Cholera in India, 1862 to 1881
Year: 1862
Disease focus: Cholera
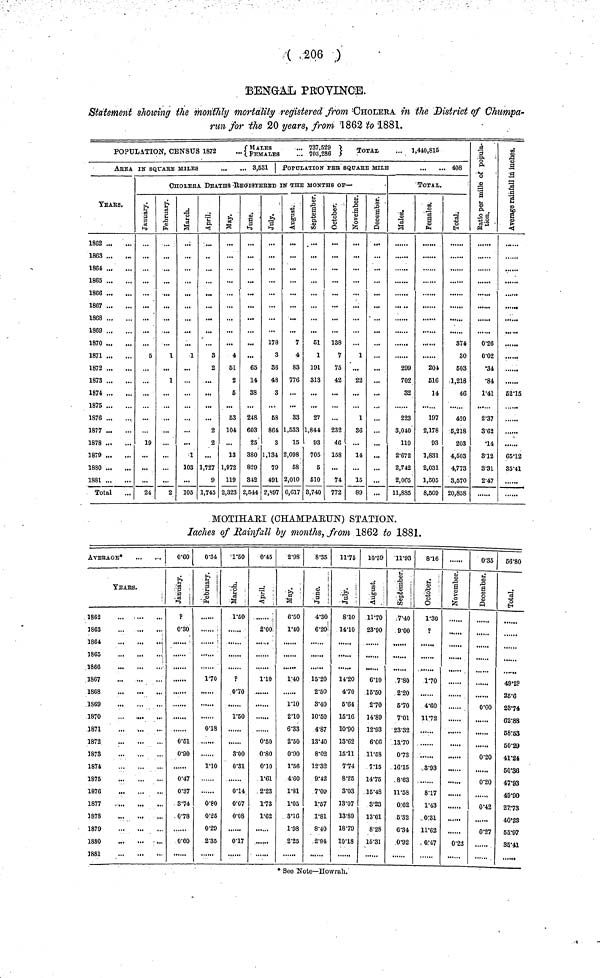
( 206 )
BENGAL PROVINCE.
Statement showing the monthly mortality registered from CHOLERA in the District of Chumpa-
run for -the 20 years, from 1862 to 1881.
POPULATION, CENSUS 1872
Males
737,529
Total
1,440,815
Females
703,286
AREA IN SQUARE MILES
3,531
YEARS.
1862
1863
1864
1865
1866
1867
1868
1869
1870
1871
1872
187S
1874
1875
1876
1877
1878
1879
1880
1881
Total
POPULATION PER SQUARE MILE
408
CHOLERA DEATHS REGISTERED IN THE MONTHS OP—
January.
5
19
24
February.
1
1
...
2
March.
1
...
1
103
105
April.
3
2
...
2
2
...
1,727
9
1,745
May.
4
51
2
5
53
104
13
1,972
119
2,323
June.
...
65
14
38
248
603
25
380
829
312
2,544
July.
178
3
36
48
3
58
864
3
1,134
79
491
2,S97
August.
7
4
83
776
33
1,533
15
2,098
58
2,010
6,617
September.
51
1
191
313
27
1,844
93
705
5
510
8,740
Octomber.
138
7
75
42
...
232
46
158
74
772
November.
1
...
22
1
36
...
14
15
89
December.
...
...
...
...
TOTAL.
Males.
299
702
32
223
3,040
110
2·672
2,742
2,065
11,885
Females.
204
516
14
197
2,178
93
1,831
2,031
1,505
8,569
Total.
374
30
503
1,218
46
420
5,218
203
4,503
4,773
8,570
20,858
Ratio per miles of population.
0·26
0·02
•34
•84
1·41
2·37
3·62
•14
3·12
3·31
2·47
Averag rainfall in inches.
52·15
......
65·12
35·41
MOTIHARI (CHAMPARUN) STATION.
laches of Rainfall by months, from 1862 to 1881.
AVERAGE*
Years..
1862
1863
1864
1865
1866
1867
1868
1869
1870
1871
1872
1873
1874
1875
1876
1877
1878
1879
1880
1881
0·60
January.
?
0·30
0·51
0·90
0·47
0·37
3·74
0·78
0·60
0·34
February.
1·70
0·18
1·10
0·80
0·25
0·29
2·35
1·50
March.
1·50
?
0·70
1·50
3·00
0·31
0·14
0·07
0·08
0·17
0·45
April.
2·00
1·10
0·50
0·80
0·10
1·61
2·23
1·73
1·62
2·98
May.
6·50
1·40
1·40
1.10
2·10
6·33
2·50
0·90
1·56
4·60
1·81
1·05
3·16
1·98
2·25
8·35
June.
4·30
6·20
15·20
2·50
3·40
10·50
4·87
13·40
8·02
12·32
9·42
7·09
1·57
1·81
8·40
2·94
11·75
July.
8·10
14·10
11·20
4·70
5·64
15·16
10·90
13·62
15·11
7·74
8·25
3·03
13·07
13·89
18·79
10.18
10·39
August.
11.70
23.90
6.10
15.50
2.70
14.89
12.93
6.06
11.63
7.15
14.75
15.48
3.23
13.01
8.28
15.31
11·93
September.
7.40
9.00
7.80
2.20
5.70
7.01
23.32
13.70
0.73
16.15
8.63
11.58
0.62
6.32
6.34
0.92
8·16
October.
1.30
?
1.70
4.60
11.72
3.93
8.17
1.43
0.31
11.62
0.47
November.
0.22
0·35
December.
0.60
0.20
0.20
0.42
......
0.27
66·80
Total.
49·2P
25·6
23·74
62·88
58·53
50·29
41·24
50·36
47·93
49·90
27·73
40·23
55·97
35·41
* See Note—Howrah.